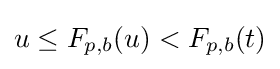
u\leq F_{p,b}(u)<F_{p,b}(t)